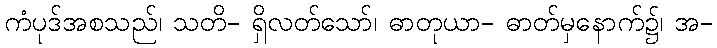
ကံပုဒ်အစသည်၊ သတိ- ရှိလတ်သော်၊ ဓာတုယာ- ဓာတ်မှနောက်၌၊ အ-